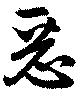
惡